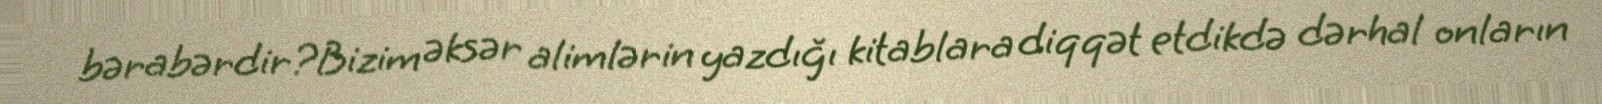
bərabərdir?Bizim əksər alimlərin yazdığı kitablara diqqət etdikdə dərhal onların